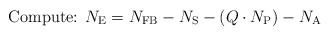
\begin{align*} \mbox{Compute: }N_{\rm{E}} = N_{\rm{FB}} - N_{\rm{S}} - (Q \cdot N_{\rm{P}}) - N_{\rm{A}} \end{align*}